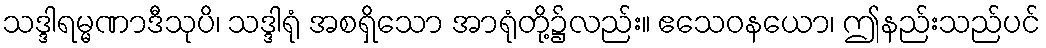
သဒ္ဒါရမ္မဏာဒီသုပိ၊ သဒ္ဒါရုံ အစရှိသော အာရုံတို့၌လည်း။ ဧသေဝနယော၊ ဤနည်းသည်ပင်